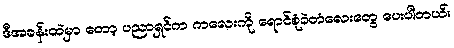
ဒီအခန်းထဲမှာ တော့ ပညာရှင်က ကလေးကို ရောင်စုံခဲတံလေးတွေ ပေးပါတယ်။